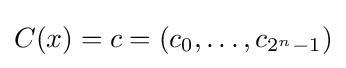
C(x)=c=(c_{0},\dots ,c_{2^{n}-1})